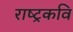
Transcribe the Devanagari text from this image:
राष्‍ट्रकवि